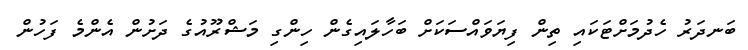
ބަނދަރު ހެދުމަށްޓަކައި ތިން ފިޔަވައްސަކަށް ބަހާލައިގެން ހިންގި މަޝްރޫއުގެ ދަށުން އެންމެ ފަހުން